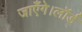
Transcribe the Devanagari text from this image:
जाएँगे।लॉर्ड